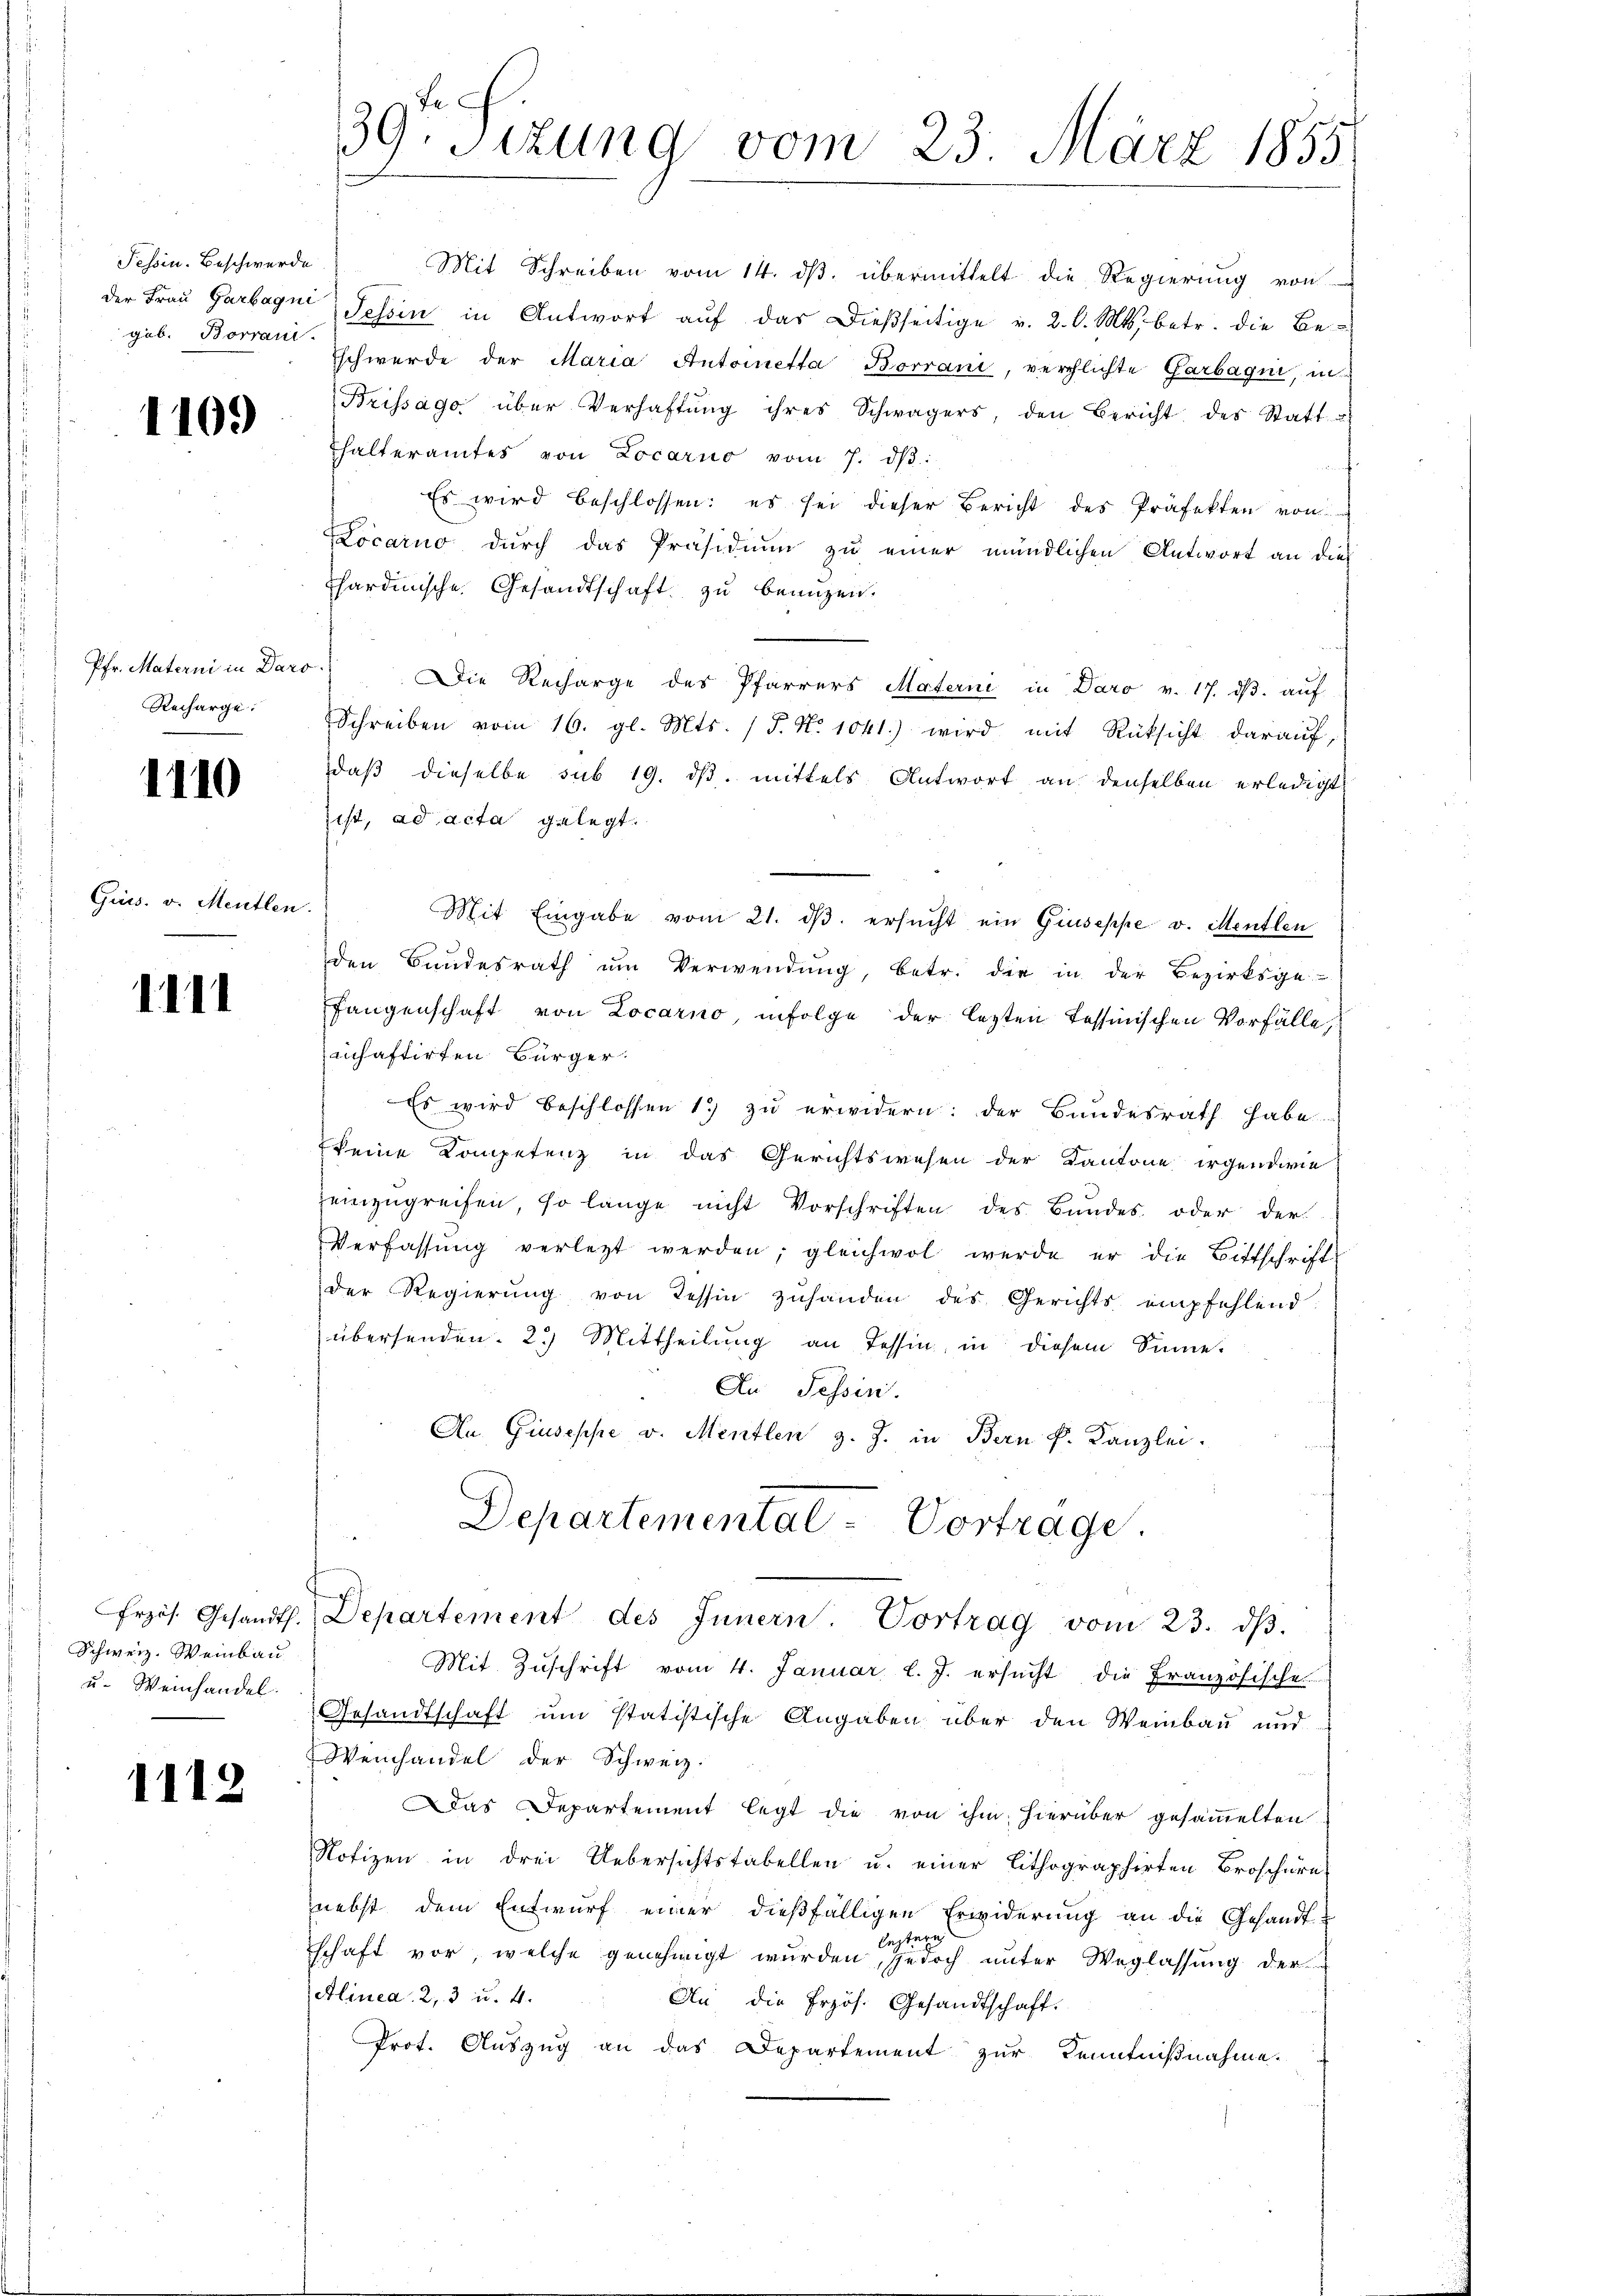
Tessin. Beschwerde
geb. Borrani

110

Pfr. Materni in Daro.
Recharge.

1110

Gruss. v. Meilen.

III1

Schweiz. Weinbau
u. Weinhandel.

1112

se
39. Sizung vom 23. März 1855

Mit Schreiben vom 14. dβ übermittelt die Regierung von
der Frau Garbagn, Tessin in Antwort aŭf das dießseitige v. 2. l. Mts. betr. die Be-
schwerde der Maria Antoinetta Borrani, verlichte Garbaqui, in
Brissago über Verhaftŭng ihres Schwägers, den Bericht des Statt
thalteramtes von Locarno vom 7. dβ:
 range
Es wird beschlossen: es sei dieser Bericht des Präfekten von
Locarno dŭrch das Präsidiŭm zŭ einer mündlichen Antwort an dies
hardinische Gesandtschaft zu benuzen.
Die Recharge des Pfarrers Materni in Daro v. 17. dβ. auf
Schreiben vom 16. gl. Mts. (T. N. 1041.) wird mit Rücksicht darauf,
daß dieselbe sub 19. ds. mittels Antwort an denselben erledigt
ist, ad acta gelegt.
Mit Eingabe vom 21. dβ. ersucht ein Giuseppe v. Mentlen
den Bundesrath um Verwendung, betr. die in der Bezirksge
fangenschaft von Locarno, infolge der lezten Tessinischen Vorfälle,
enhaftirten Bürger.
Es wird beschlossen 13 zu erwidern: der Bundesrath habe
keine Kompetenz in das Gerichtswesen der Kantone irgendwie
einzugreifen, so lange nicht Vorschriften des Bundes oder der
Verfassŭng verletzt werden; gleichwol werde er die Bittschrift
der Regierŭng von Tessin zuhanden des Gerichts empfehlend
übersenden. 2.) Mittheilung an Tessin, in diesem Sinne.
An Tessin.
Au Giuseppe v. Mentlen z. Z. in Bern k. Kanzlei.
Departementat Vortrage.
frzös. Gesandt. Departement des Innern. Vortrag vom 23. dβ.
Mit Zuschrift vom 4. Januar l. J. ersucht die Französische
Gesandtschaft um statistische Angaben über den Weinbau und
Weinhandel der Schweiz.
as Departement legt die von ihm hierüber gesammelten
Notizen in drei Uebersichtstabellen u. einer lithographirten Broschüre
nebst dem Entwurf einer dießfälligen Erwiderung an die Gesandtleztere
schaft vor, welche genehmigt wurden, jedoch unter Weglassung der
Alinea 2, 3 u. 4. An die frzös. Gesandtschaft.
Prot. Auszug an das Departement zur Kenntnißnahme.